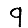
Digit: 9